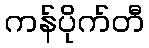
ကန်ပိုက်တီ